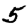
Digit: 5